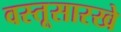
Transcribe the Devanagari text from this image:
वस्तूसारखे